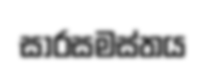
සාරසමස්තය